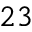
^ { 2 3 }